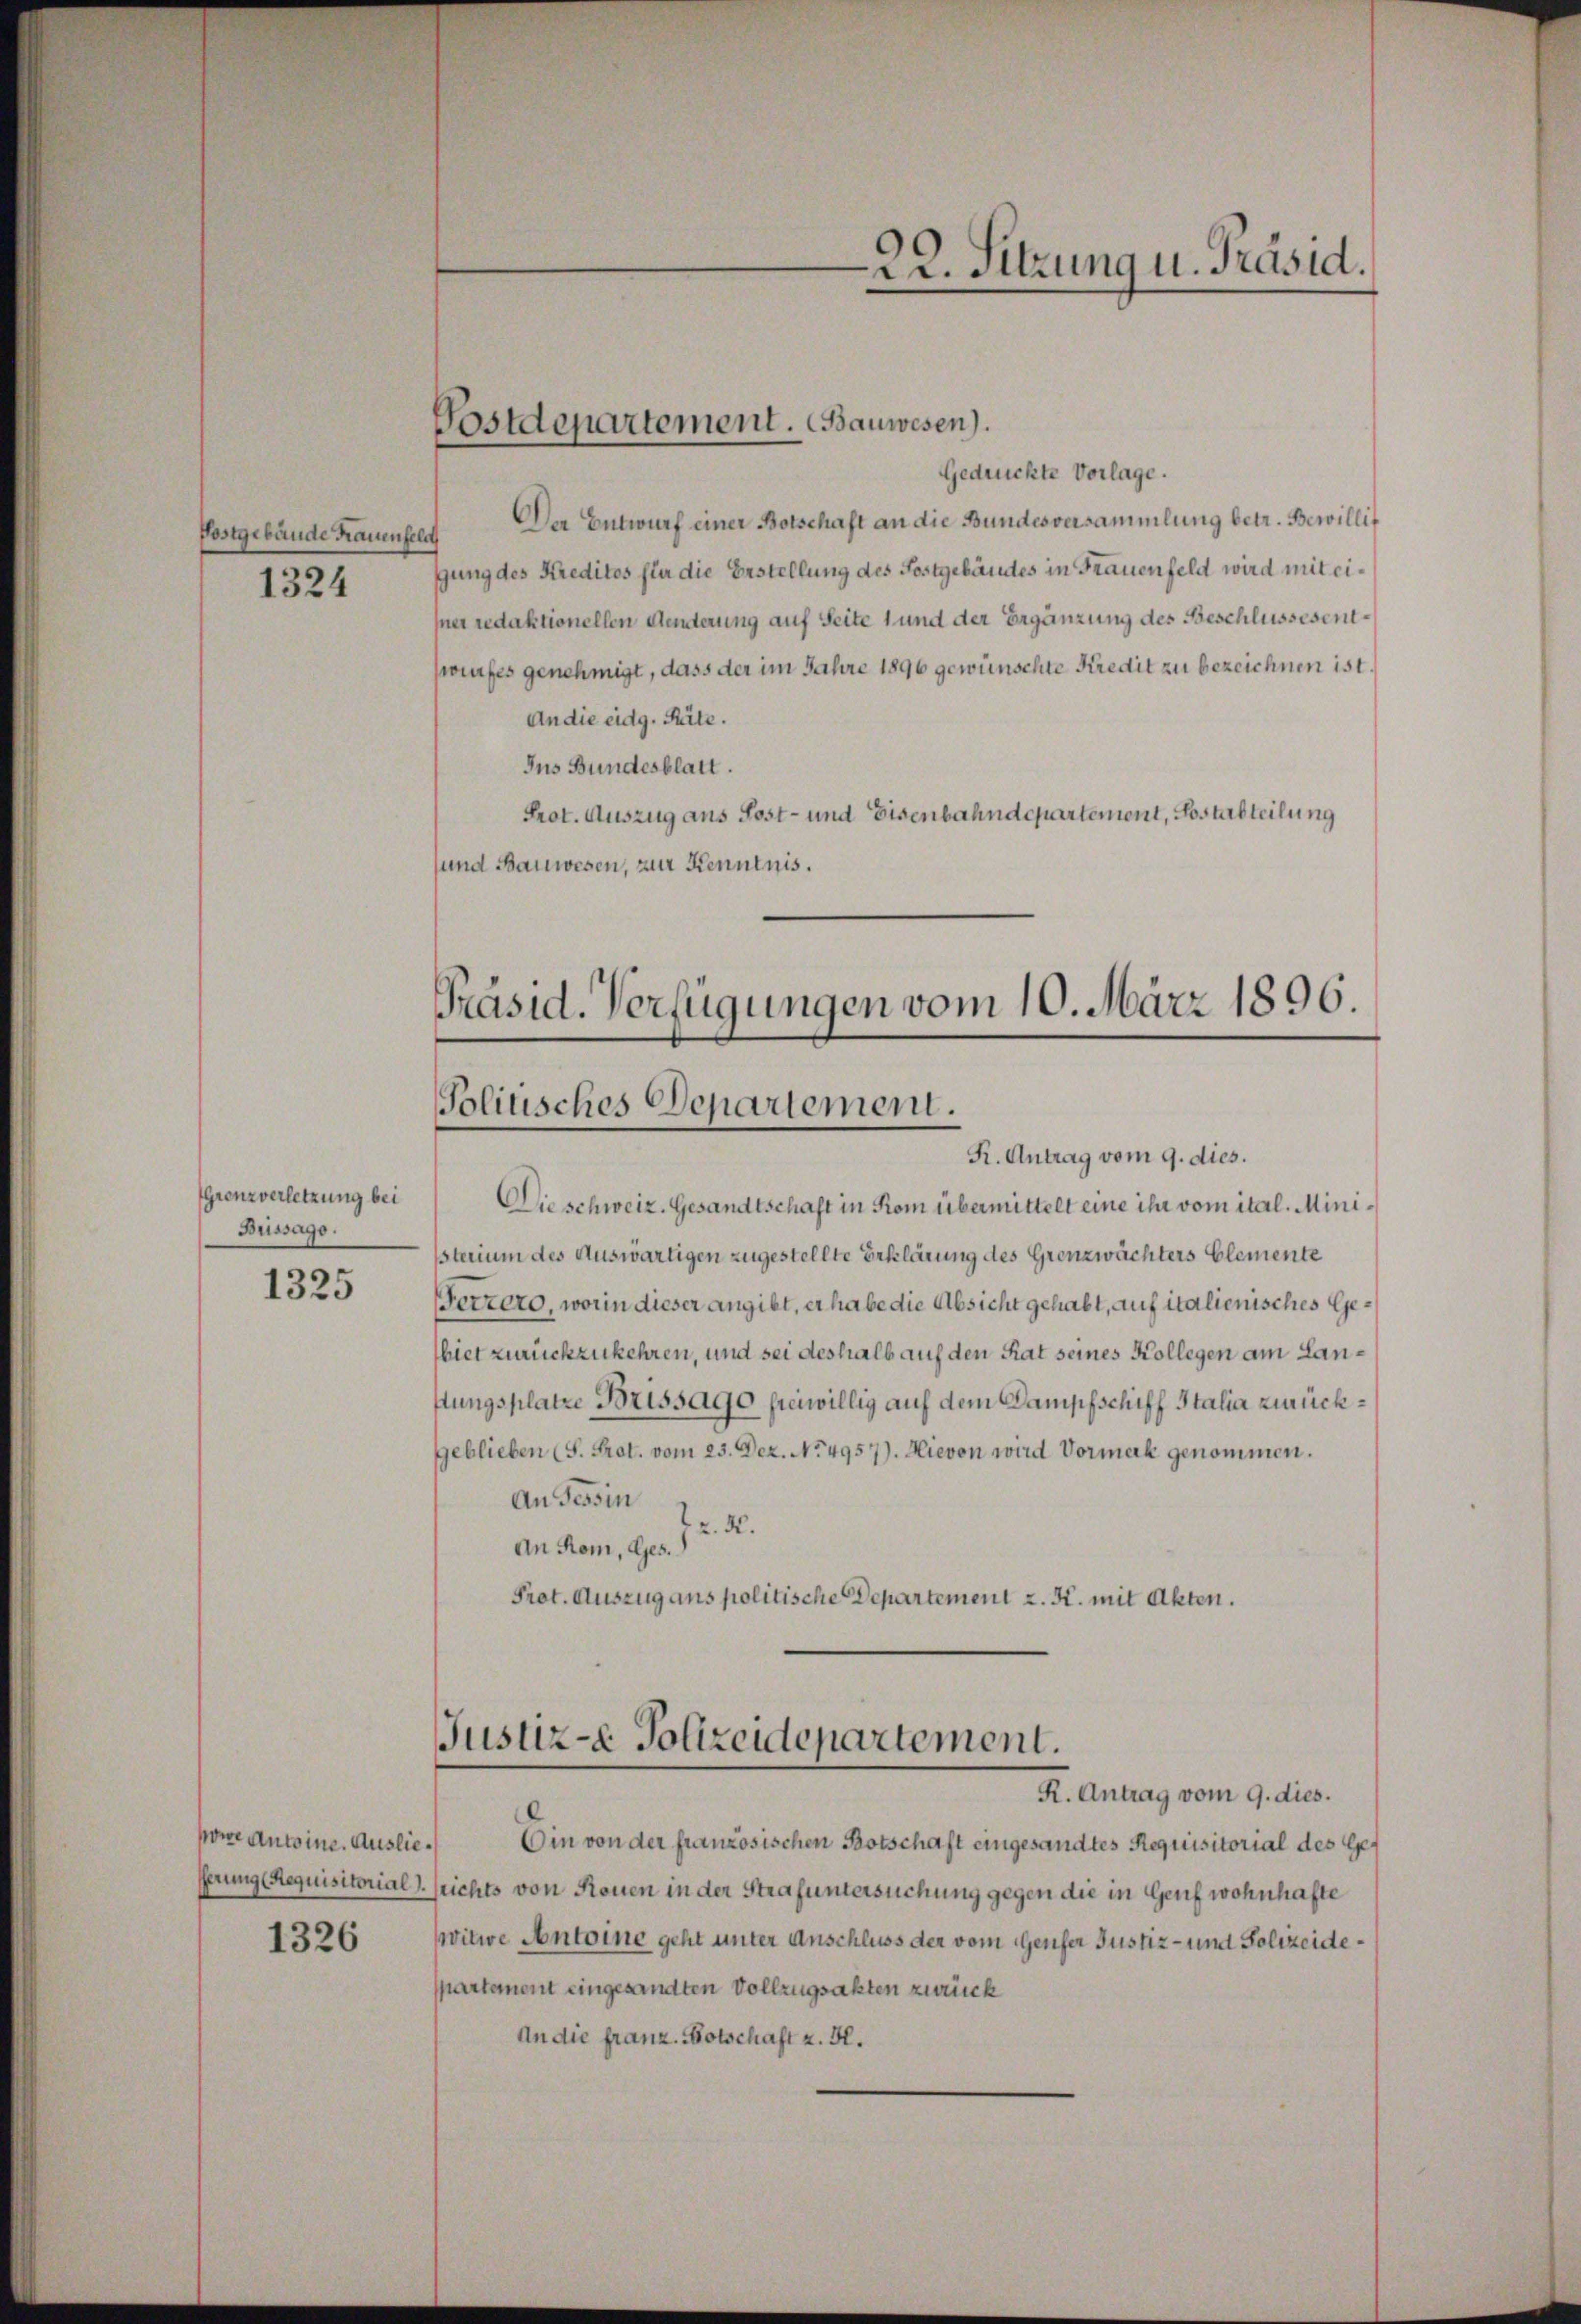
Postgebäude Frauenfeld
1324

Grenzverletzung bei
Buissago.

1325

powe Antoine. Auslie¬
1326

Gedruckte Vorlage.
Der Entwurf einer Botschaft an die Bundesversammlung betr. Bewillit
gung des Kredites fla die Erstellung des Fostgebäudes in Frauenfeld wird mit eisner redaktionellen Aenderung auf Seite 1 und der Ergänzung des Beschlussesentsrufes genehmigt, dass der im Jahre 1896 gewünschte Kredit zu bezeichnen ist.
An die eidg. Reite.
Ius Bundesblatt.
Prot. Auszug aus Post- und Eisenbahndepartement, Posterbteilung
sund Bauwesen, zur Kenntnis.
Präsid. Verfügungen vom 10. März 1896.

Postdepartement. Bauwesen).

Politisches Departement.

R. Antrag vom 9. dies.
Die schweiz. Gesandtschaft in Rom übermittelt eine ihr vom ital. Ministerium des Auswärtigen zugestellte Erklärung des Grenzwächters Elemente
erzero, worin dieser angibt, er habe die Absicht gehabt, auf italienisches Gebiet zurückzukehren, und sei deshalb auf den Rat seines Kollegen am Lanstungsplatze Brissago freiwillig auf dem Dampfschiff Italia zurückgeblieben (S. Prot. vom 25. Dez. No. 4957). Hievon wird Vormerk genommen.
An Tessin
z. R.
An Rom, Ges.
Prot. Auszug aus politische Departement z. K. mit Akten.

Ein von der französischen Botschaft eingesandtes Requisitorial des Geserung (Requisitorial ) sichts von Rouen in der Strafuntersuchung gegen die in Genf wohnhafte
witwe Antoine geht unter Anschluss der vom Genfer Justiz- und Polizeidespartement eingesandten Vollzugsakten zurück
An die franz. Botschaft z. H.

Justiz-e Polizeidepartement.
R. Antrag vom 9. dies.

22. Sitzung u. Präsid.